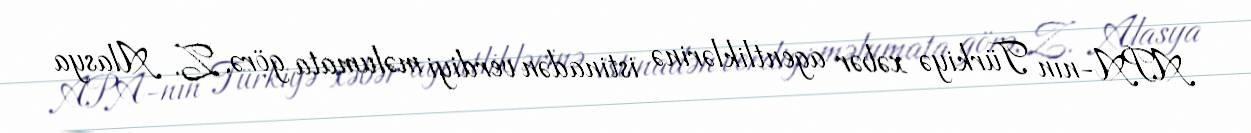
APA-nın Türkiyə xəbər agentliklərinə istinadən verdiyi məlumata görə, Z. Alasya